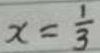
x = \frac { 1 } { 3 }